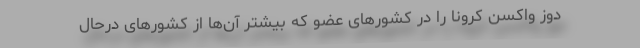
دوز واکسن کرونا را در کشورهای عضو که بیشتر آن‌ها از کشورهای درحال